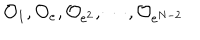
{ \cal O } _ { 1 } , { \cal O } _ { e } , { \cal O } _ { e ^ { 2 } } , \cdots , { \cal O } _ { e ^ { N - 2 } }